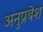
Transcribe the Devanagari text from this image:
अनुप्रबेश